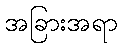
အခြားအရာ